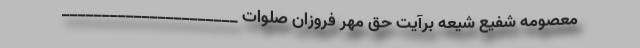
معصومه شفیع شیعه برآیت حق مهر فروزان صلوات ______________________